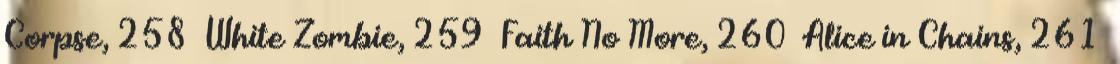
Corpse, 258 White Zombie, 259 Faith No More, 260 Alice in Chains, 261